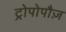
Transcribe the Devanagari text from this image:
ट्रोपोपौज़